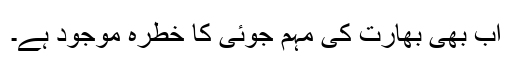
اب بھی بھارت کی مہم جوئی کا خطرہ موجود ہے۔